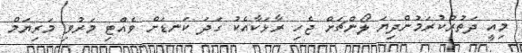
މިއީ ދަތުރުކުރަމުންދިޔަ ލޯންޗަށް ޖެހި ރާޅަކާއެކު ގަދަ ކަނޑަށް ވެއްޓި މަރުވި މަރިޔަމް